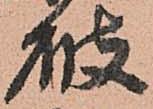
破